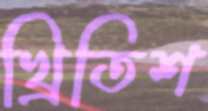
খ্রিতিশ